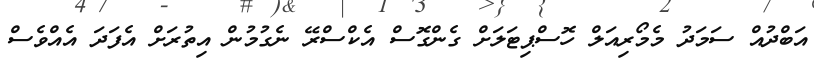
އަބްދުއް ސަމަދު މެމޯރިއަލް ހޮސްޕިޓަލަށް ގެންގޮސް އެކްސްރޭ ނެގުމުން އިތުރަށް އެފަދަ އެއްވެސް